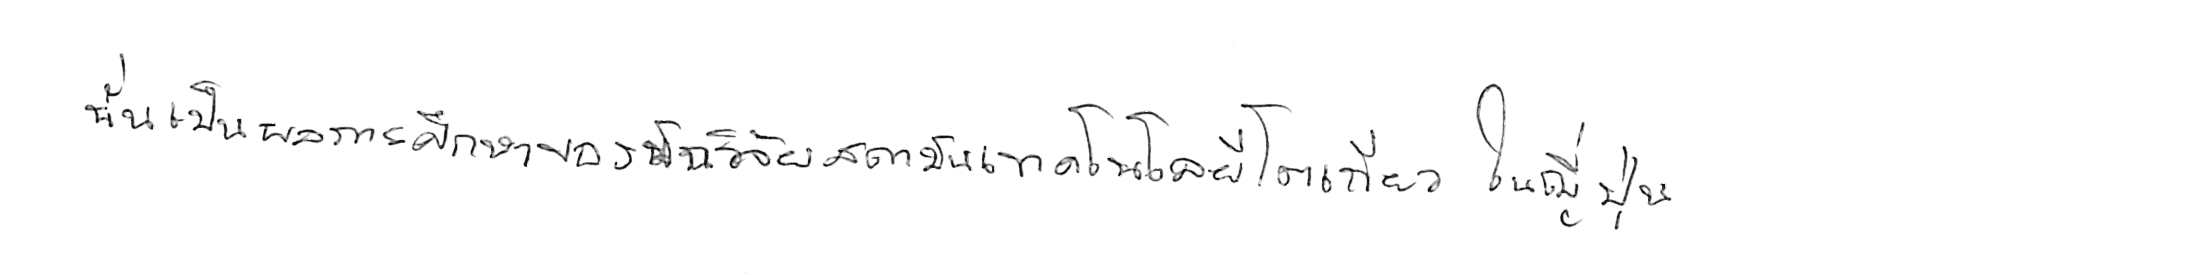
นั่นเป็นผลการศึกษาของนักวิจัยสถาบันเทคโนโลยีโตเกียว ในญี่ปุ่น